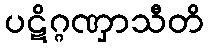
ပဋိဂ္ဂဏှာသီတိ